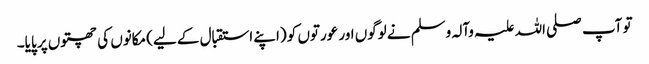
تو آپ صلی اللہ علیہ وآلہ وسلم نے لوگوں اور عورتوں کو (اپنے استقبال کے لیے) مکانوں کی چھتوں پر پایا۔